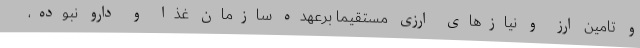
و تامین ارز و نیازهای ارزی مستقیما برعهده سازمان غذا و دارو نبوده،